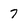
Character: 7